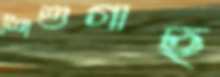
শিশুগাছ